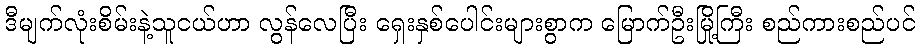
ဒီမျက်လုံးစိမ်းနဲ့သူငယ်ဟာ လွန်လေပြီး ရှေးနှစ်ပေါင်းများစွာက မြောက်ဦးမြို့ကြီး စည်ကားစည်ပင်